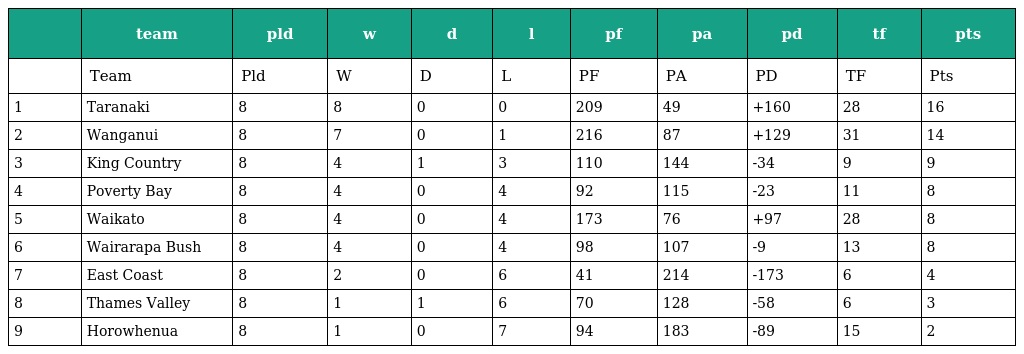
|  | team | pld | w | d | l | pf | pa | pd | tf | pts |
 | --- | --- | --- | --- | --- | --- | --- | --- | --- | --- | --- |
 |  | Team | Pld | W | D | L | PF | PA | PD | TF | Pts |
 | 1 | Taranaki | 8 | 8 | 0 | 0 | 209 | 49 | +160 | 28 | 16 |
 | 2 | Wanganui | 8 | 7 | 0 | 1 | 216 | 87 | +129 | 31 | 14 |
 | 3 | King Country | 8 | 4 | 1 | 3 | 110 | 144 | -34 | 9 | 9 |
 | 4 | Poverty Bay | 8 | 4 | 0 | 4 | 92 | 115 | -23 | 11 | 8 |
 | 5 | Waikato | 8 | 4 | 0 | 4 | 173 | 76 | +97 | 28 | 8 |
 | 6 | Wairarapa Bush | 8 | 4 | 0 | 4 | 98 | 107 | -9 | 13 | 8 |
 | 7 | East Coast | 8 | 2 | 0 | 6 | 41 | 214 | -173 | 6 | 4 |
 | 8 | Thames Valley | 8 | 1 | 1 | 6 | 70 | 128 | -58 | 6 | 3 |
 | 9 | Horowhenua | 8 | 1 | 0 | 7 | 94 | 183 | -89 | 15 | 2 |